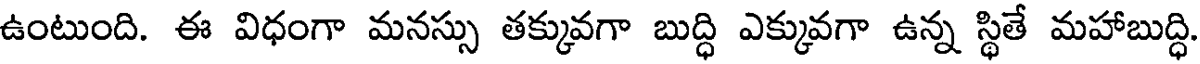
ఉంటుంది. ఈ విధంగా మనస్సు తక్కువగా బుద్ధి ఎక్కువగా ఉన్న స్థితే మహాబుద్ధి